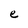
Character: e